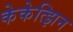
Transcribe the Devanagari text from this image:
केकेत्झिन